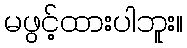
မဖွင့်ထားပါဘူး။